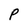
Character: P